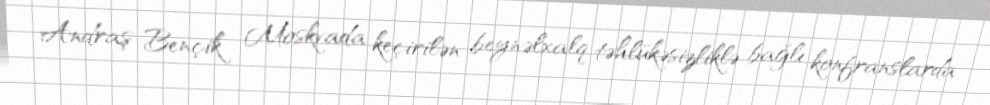
Andraş Bençik Moskvada keçirilən beynəlxalq təhlükəsizliklə bağlı konfranslarda